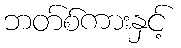
ဘတ်စ်ကားနှင့်